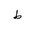
Letter: _da